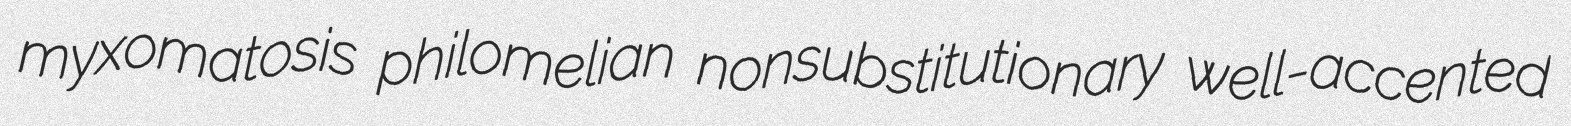
myxomatosis philomelian nonsubstitutionary well-accented